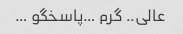
عالی.. گرم …پاسخگو …